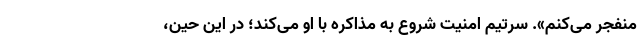
منفجر می‌کنم». سرتیم امنیت شروع به مذاکره با او می‌کند؛ در این حین،